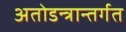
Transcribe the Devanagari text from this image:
अतोडन्त्रान्तर्गत